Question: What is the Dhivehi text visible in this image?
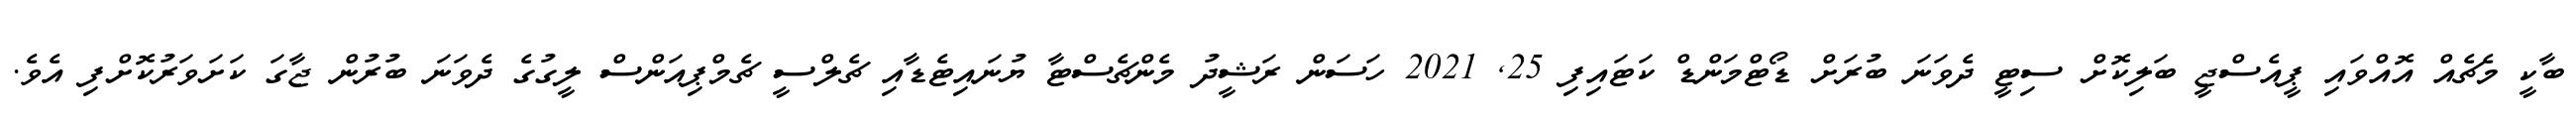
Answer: ބާކީ މެޗެއް އޮއްވައި ޕީއެސްޖީ ބަލިކޮށް ސިޓީ ދެވަނަ ބުރަށް ޑޯޓްމަންޑް ކަޓައިފި 25, 2021 ހަސަން ރަޝީދު މެންޗެސްޓާ ޔުނައިޓެޑާއި ޗެލްސީ ޗެމްޕިއަންސް ލީގުގެ ދެވަނަ ބުރުން ޖާގަ ކަށަވަރުކޮށްފި އެވެ.